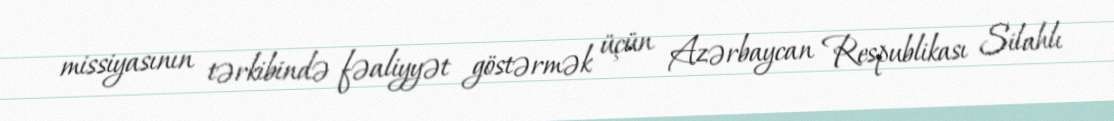
missiyasının tərkibində fəaliyyət göstərmək üçün Azərbaycan Respublikası Silahlı